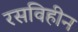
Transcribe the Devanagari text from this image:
रसविहीन